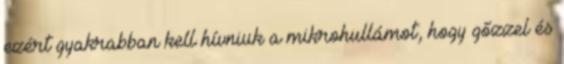
ezért gyakrabban kell hívniuk a mikrohullámot, hogy gőzzel és